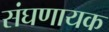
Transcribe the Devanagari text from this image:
संघणायक